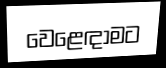
වෙළෙඳාමට